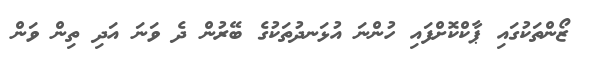
ޒޯންތަކުގައި ޕާކްކޮށްފައި ހުންނަ އުޅަނދުތަކުގެ ބޭރުން ދެ ވަނަ އަދި ތިން ވަން